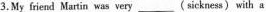
3.My friend Martin was bery ___ (sickness) with a